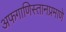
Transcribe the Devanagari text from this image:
अफगाणिस्तानप्रमाणे